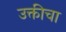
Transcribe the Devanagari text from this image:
उक्तीचा